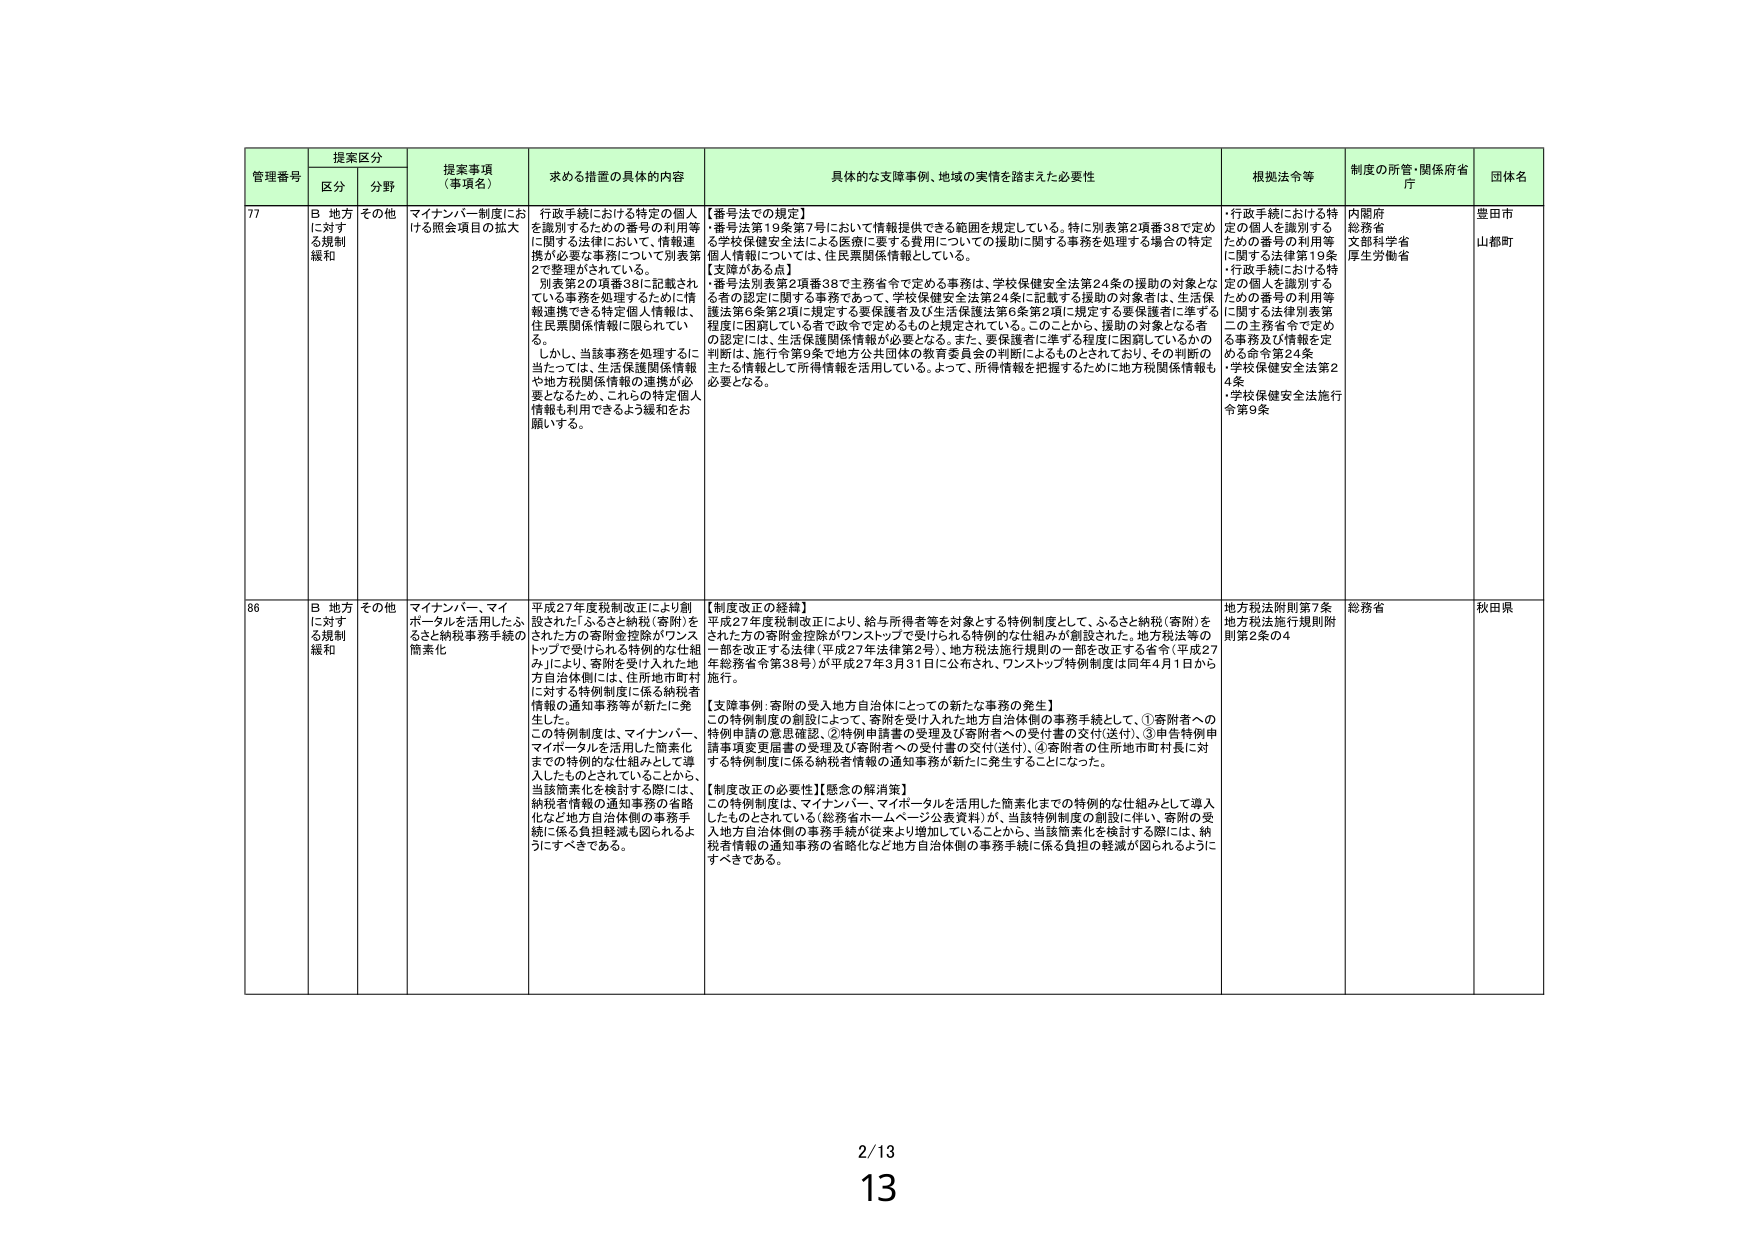
管理番号 提案区分 提案事項（事項名） 求める措置の具体的内容 具体的な支障事例、地域の実情を踏まえた必要性 根拠法令等 制度の所管・関係府省庁 団体名
区分 分野
77 B 地方に対する規制緩和 その他 マイナンバー制度における照会項目の拡大 行政手続における特定の個人を識別するための番号の利用等に関する法律において、情報連携が必要な事務について別表第2で整理がされている。別表第2の項番38に記載されている事務を処理するために情報連携できる特定個人情報は、住民票関係情報に限られている。しかし、当該事務を処理するに当たっては、生活保護関係情報や地方税関係情報の連携が必要となるため、これらの特定個人情報も利用できるよう緩和をお願いする。 【番号法での規定】・番号法第19条第7号において情報提供できる範囲を規定している。特に別表第2項番38で定める学校保健安全法による医療に要する費用についての援助に関する事務を処理する場合の特定個人情報については、住民票関係情報としている。【支障がある点】・番号法別表第2項番38で主務省令で定める事務は、学校保健安全法第24条の援助の対象となる者の認定に関する事務であって、学校保健安全法第24条に記載する援助の対象者は、生活保護法第6条第2項に規定する要保護者及び生活保護法第6条第2項に規定する要保護者に準ずる程度に困窮している者で政令で定めるものと規定されている。このことから、援助の対象となる者の認定は、生活保護関係情報が必要となる。また、要保護者に準ずる程度に困窮しているかの判断は、施行令第9条で地方公共団体の教育委員会の判断によるものとされており、その判断の主たる情報として所得情報を活用している。よって、所得情報を把握するために地方税関係情報も必要となる。 ・行政手続における特定の個人を識別するための番号の利用等に関する法律第19条・行政手続における特定の個人を識別するための番号の利用等に関する法律別表第2の主務省令で定める事務及び情報を定める命令第24条・学校保健安全法第24条・学校保健安全法施行令第9条 内閣府 総務省 文部科学省 厚生労働省 豊田市 山都町
86 B 地方に対する規制緩和 その他 マイナンバー、マイポータルを活用したふるさと納税事務手続の簡素化 平成27年度税制改正により創設された「ふるさと納税（寄附）をされた方の寄附金控除がワンストップで受けられる特別的な仕組み」により、寄附を受け入れた地方自治体側には、住所地市町村に対する特別制度に係る納税者情報の通知事務等が新たに発生した。この特別制度は、マイナンバー、マイポータルを活用した簡素化までの特別的な仕組みとして導入したものとされていることから、当該簡素化を検討する際には、納税者情報の通知事務の省略化など地方自治体側の事務手続に係る負担軽減も図られるようにすべきである。 【制度改正の経緯】平成27年度税制改正により、給与所得者等を対象とする特別制度として、ふるさと納税（寄附）をされた方の寄附金控除がワンストップで受けられる特別的な仕組みが創設された。地方税法等の一部を改正する法律（平成27年法律第2号）、地方税法施行規則の一部を改正する省令（平成27年総務省令第38号）が平成27年3月31日に公布され、ワンストップ特別制度は同年4月1日から施行。【支障事例：寄附の受入地方自治体にとっての新たな事務の発生】この特別制度の創設によって、寄附を受け入れた地方自治体側の事務手続として、①寄附者への特例申請の意思確認、②特例申請書の受理及び寄附者への受付書の交付（送付）、③申告特例申請事項変更届書の受理及び寄附者への受付書の交付（送付）、④寄附者の住所地市町村長に対する特別制度に係る納税者情報の通知事務が新たに発生することになった。【制度改正の必要性】【懸念の解消策】この特別制度は、マイナンバー、マイポータルを活用した簡素化までの特別的な仕組みとして導入したものとされている（総務省ホームページ公表資料）が、当該特別制度の創設に伴い、寄附の受入地方自治体側の事務手続が従来より増加していることから、当該簡素化を検討する際には、納税者情報の通知事務の省略化など地方自治体側の事務手続に係る負担の軽減が図られるようにすべきである。 地方税法附則第7条 地方税法施行規則附則第2条の4 総務省 秋田県
2/13 13